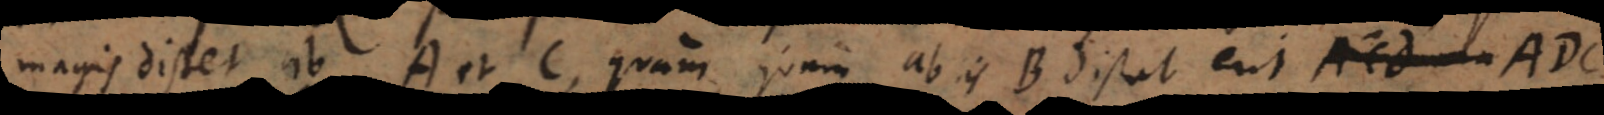
magis distet ab A et C, quam ab iis B distat, erit ADC